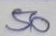
50